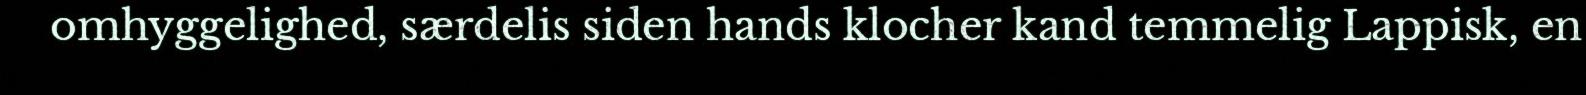
omhyggelighed, særdelis siden hands klocher kand temmelig Lappisk, en